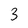
Character: 3